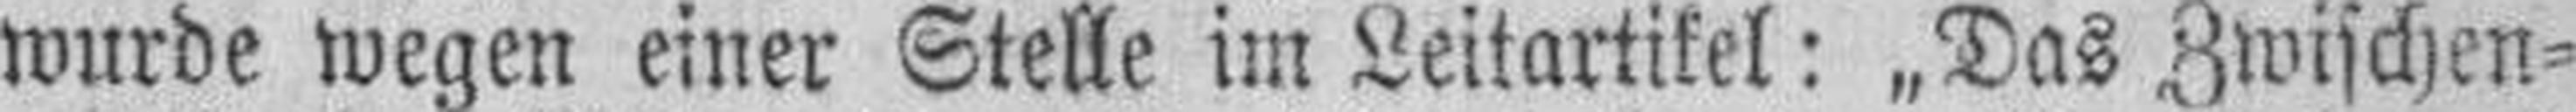
wurde wegen einer Stelle im Leitartikel: „Das Zwischen¬